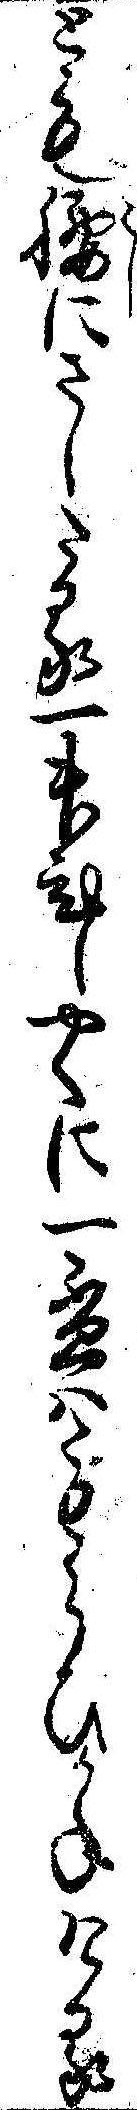
とも腰にさしたる一舛ひしやくに一杯はもらひかねける